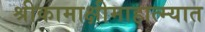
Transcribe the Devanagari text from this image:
श्रीकामाक्षीमाहात्म्यात